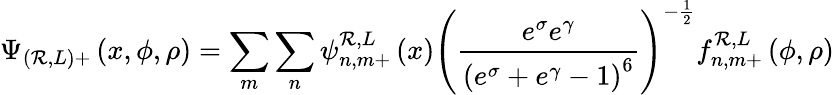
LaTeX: \Psi_{(\mathcal{R},L)+}\left(x,\phi,\rho\right)=\sum_{m}\sum_{n}\psi_{n,m+}^{\mathcal{R},L}\left(x\right)\left(\frac{{e^{\sigma}e^{\gamma}}}{{\left(e^{\sigma}+e^{\gamma}-1\right)^{6}}}\right)^{-\frac{{1}}{{2}}}f_{n,m+}^{\mathcal{R},L}\left(\phi,\rho\right)